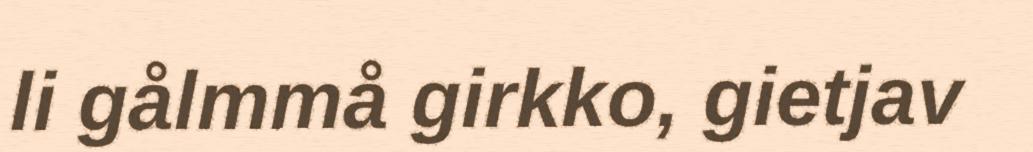
li gålmmå girkko, gietjav